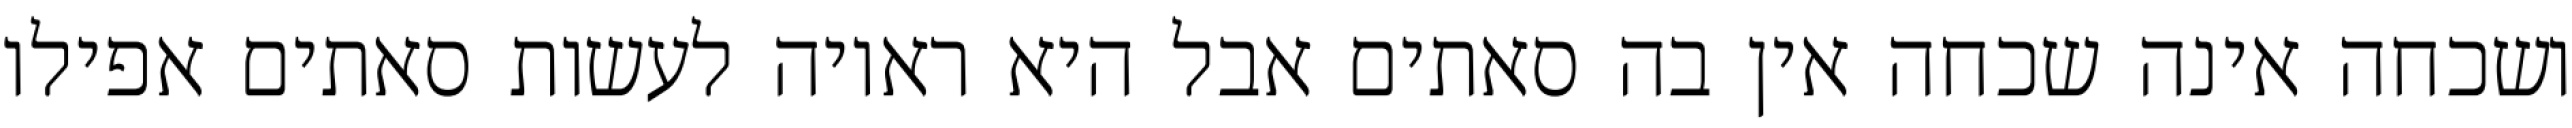
ושכחה אינה שכחה אין בה סאתים אבל היא ראויה לעשות סאתים אפילו